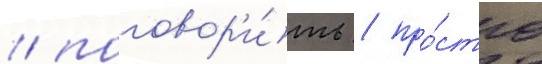
/ поговор'и́ть / про́сто